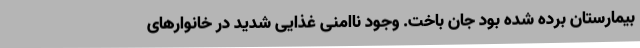
بیمارستان برده شده بود جان باخت. وجود ناامنی غذایی شدید در خانوارهای